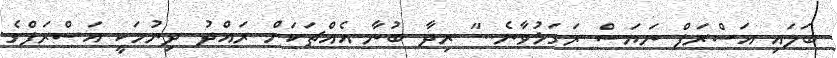
ބަލައި އަސްރަފް ނަޔަސް ރަގަޅުވާނެ.." ރިދާ ބުނާ އެއްޗަކަށް ރައްދު ދިނުމަކީ އަސްރަފްގެ